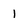
Character: 1